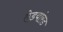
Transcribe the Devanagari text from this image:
ऐडवांस्ड